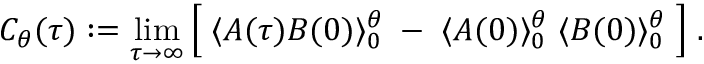
C _ { \theta } ( \tau ) : = \operatorname * { l i m } _ { \tau \rightarrow \infty } \Big [ \; \langle { \cal A } ( \tau ) { \cal B } ( 0 ) \rangle _ { 0 } ^ { \theta } \; - \; \langle { \cal A } ( 0 ) \rangle _ { 0 } ^ { \theta } \; \langle { \cal B } ( 0 ) \rangle _ { 0 } ^ { \theta } \; \Big ] \; .